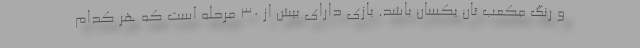
و رنگ مکعب تان یکسان باشد. بازی دارای بیش از ۳۰ مرحله است که هر کدام